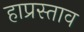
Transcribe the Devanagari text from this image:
हाप्रस्ताव